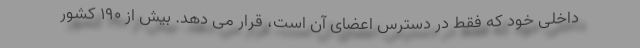
داخلی خود که فقط در دسترس اعضای آن است، قرار می دهد. بیش از ۱۹۰ کشور